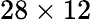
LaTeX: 28\times 12